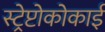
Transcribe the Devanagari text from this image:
स्ट्रेप्टोकोकाई